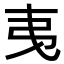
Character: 𢎯